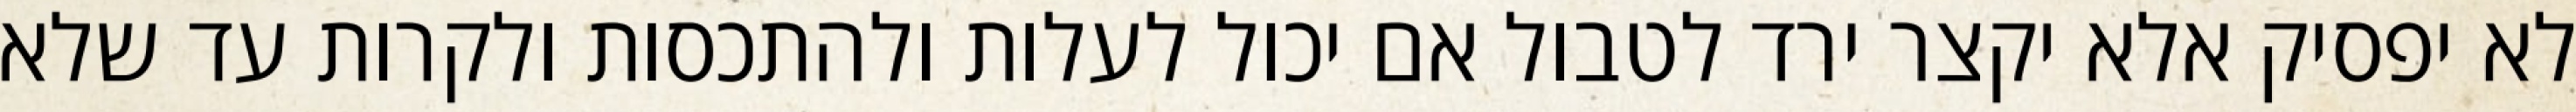
לא יפסיק אלא יקצר ירד לטבול אם יכול לעלות ולהתכסות ולקרות עד שלא